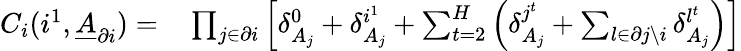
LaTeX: \begin{array}{rl}{C_{i}(i^{1},\underline{{A}}_{\partial i})=}&{{}\prod_{j\in\partial i}\left[\delta_{A_{j}}^{0}+\delta_{A_{j}}^{i^{1}}+\sum_{t=2}^{H}\left(\delta_{A_{j}}^{j^{t}}+\sum_{l\in\partial j\backslash i}\delta_{A_{j}}^{l^{t}}\right)\right]}\end{array}